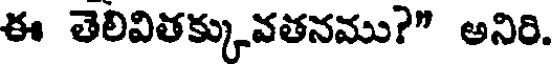
ఈ తెలివితక్కువతనము?" అనిరి.